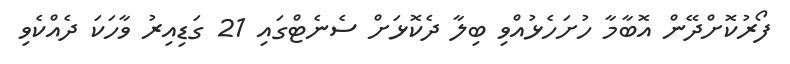
ފޯރުކޮށްދޭން އޮބާމާ ހުށަހެޅުއްވި ބިލާ ދެކޮޅަށް ސެނެޓްގައި 21 ގަޑިއިރު ވާހަކަ ދެއްކެވި